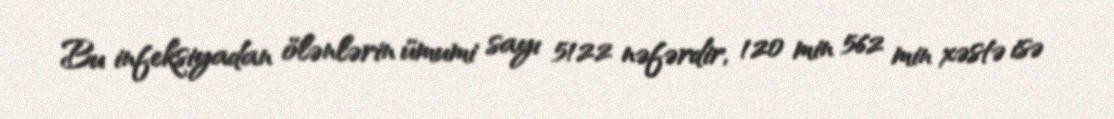
Bu infeksiyadan ölənlərin ümumi sayı 5122 nəfərdir, 120 min 562 min xəstə isə